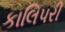
કાલિપરી